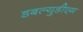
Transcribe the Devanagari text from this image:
डबल्युडीएम